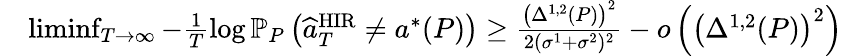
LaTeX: \begin{array}{rl}&{\operatorname*{liminf}_{T\to\infty}-\frac{1}{T}\log\mathbb{P}_{P}\left(\widehat{a}_{T}^{\mathrm{HIR}}\neq a^{*}(P)\right)\geq\frac{\left(\Delta^{1,2}(P)\right)^{2}}{2(\sigma^{1}+\sigma^{2})^{2}}-o\left(\left(\Delta^{1,2}(P)\right)^{2}\right)}\end{array}